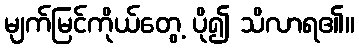
မျက်မြင်ကိုယ်တွေ့ ပို၍ သိလာရ၏။